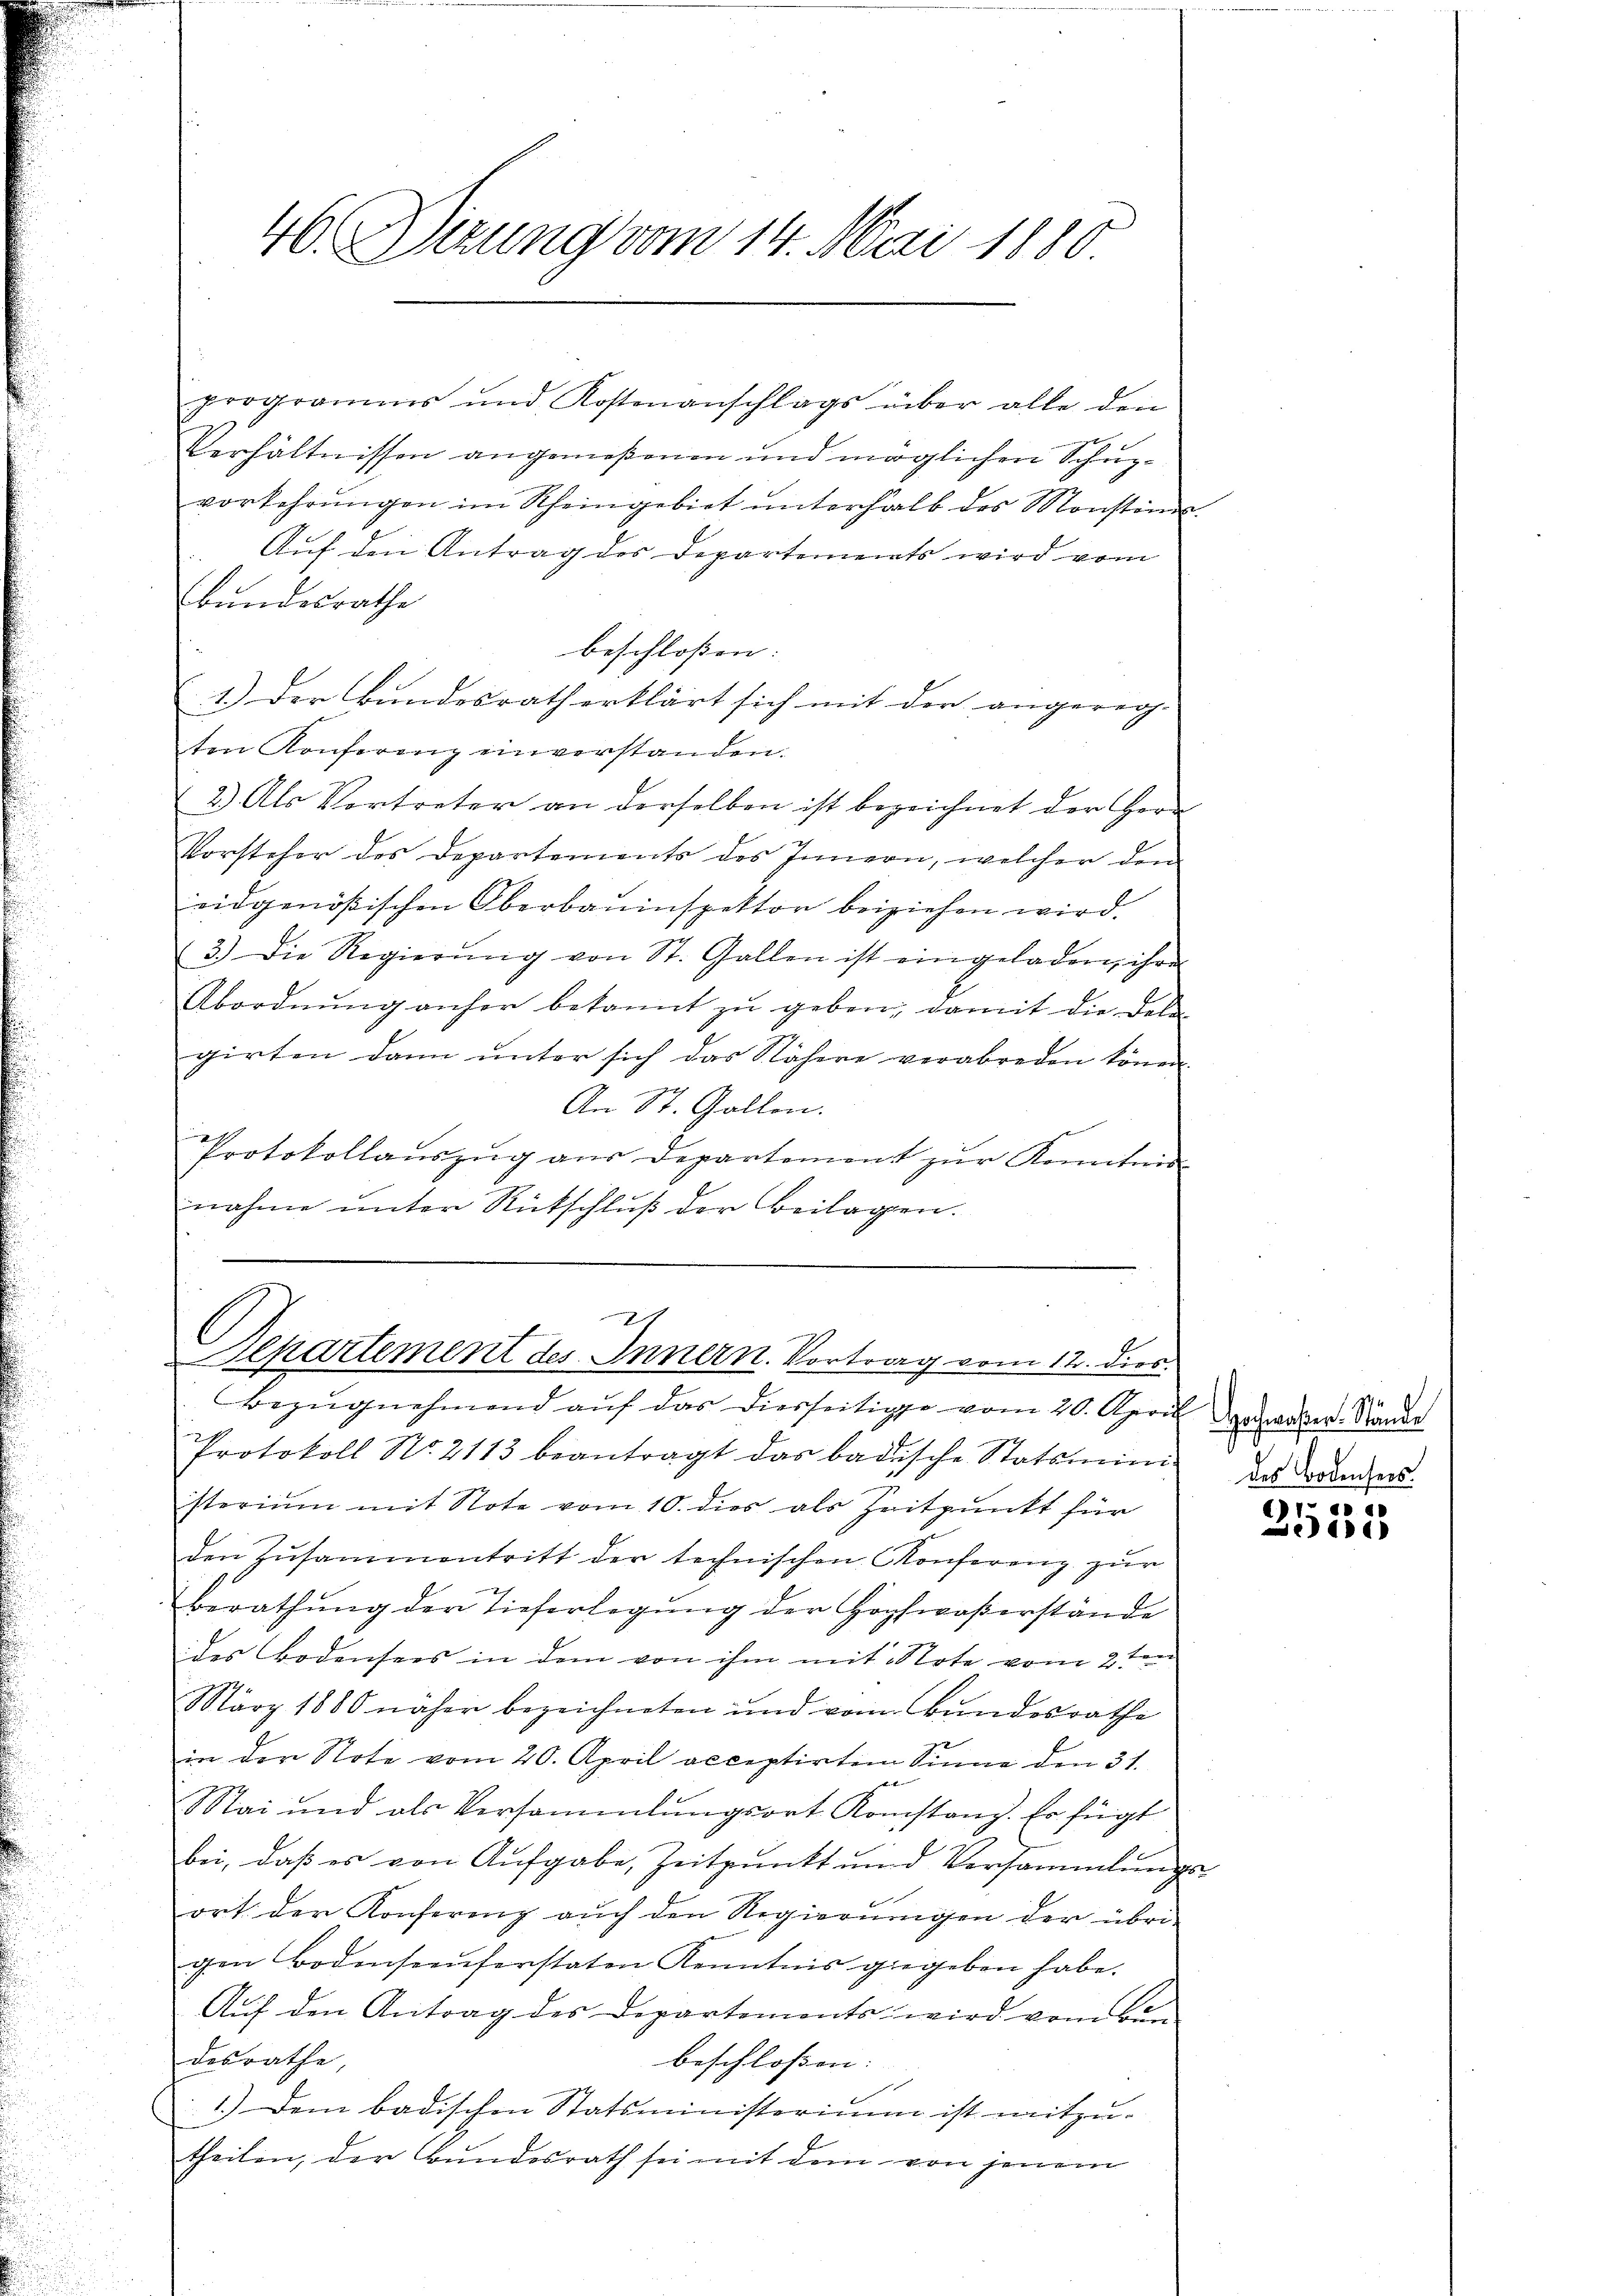
programms und Kostenanschlags über alle den
Verhältnissen angemeßenen und möglichen Schupvorkehrŭngen im Rheingebiet ŭnterhalb des Monstins
Auf den Antrag des Departements wird vom
bundesrathe
beschlossen: |
1.) Der Bundesrath erklärt sich mit der angereg-
ten Konferenz einverstanden.
2.) Als Vortreter an derselben ist bezeichnet der Herr
Vorsteher des Departements des Innern, welcher den
eidgenößischen Oberbauinspektor beiziehen wird.
3.) Die Regierŭng von St. Gallen ist eingeladen, ihre
Abordnŭng anher bekannt zu geben, damit die Dele
girten dann unter sich das Nähere verabreden könne.
An St. Gallen.
.
Protokollauszug aus Departement zur Kenntni
nahme unter Rückschlŭβ der Beilagen.

46. Dirung vom 14. Mai 1880

2
Departement des Innern. Vortrag vom 12. dies

Bezŭgnehmend aŭf das diesseitige vom 20. April geweser Brande
Protokoll No. 2113 beantragt das badische Statsministerium mit Note vom 10. dies als Zeitpunkt für
den Zusammentritt der technischen Konferenz zur
berathŭng der Tieferlegŭng der Hochwaßerstände
des Bodensees in dem von ihm mit Note vom 2ten
März 1880 näher bezeichneten und vom Bundesrathe
in der Note vom 20. April acceptirtem Sinne den 31.
.
Mai und als Versammlungsort Konstanz. Er fügt
bei, daβ es von Aufgabe, Zeitpunkt und Versammlungs-
ort der Konferenz auch den Regierungen der übri-
gen Bodenseeŭferstaten Kenntnis gegeben habe.
Aŭf den Antrag des Departements wird vom Ben
desrathe,
beschlossen: |
1.) Dem badischen Statsministerium ist mitzu-
theilen, der Bundesrath sei mit dem von jenem

1774
des Bodensers.

)
e